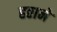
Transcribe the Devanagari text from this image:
हठाने